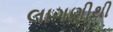
લાગણીથી